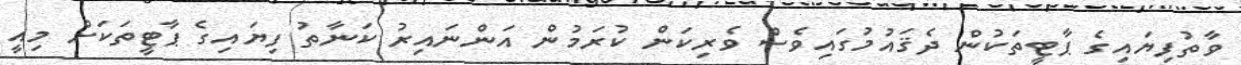
ވާތުފިޔައިގެ ޕާޓީތަކުން ދެޤައުމުގައިވެސް ވެރިކަން ކުރަމުން އަންނައިރު ކަނާތު ފިޔައިގެ ޕާޓީތަކަށް މިއީ